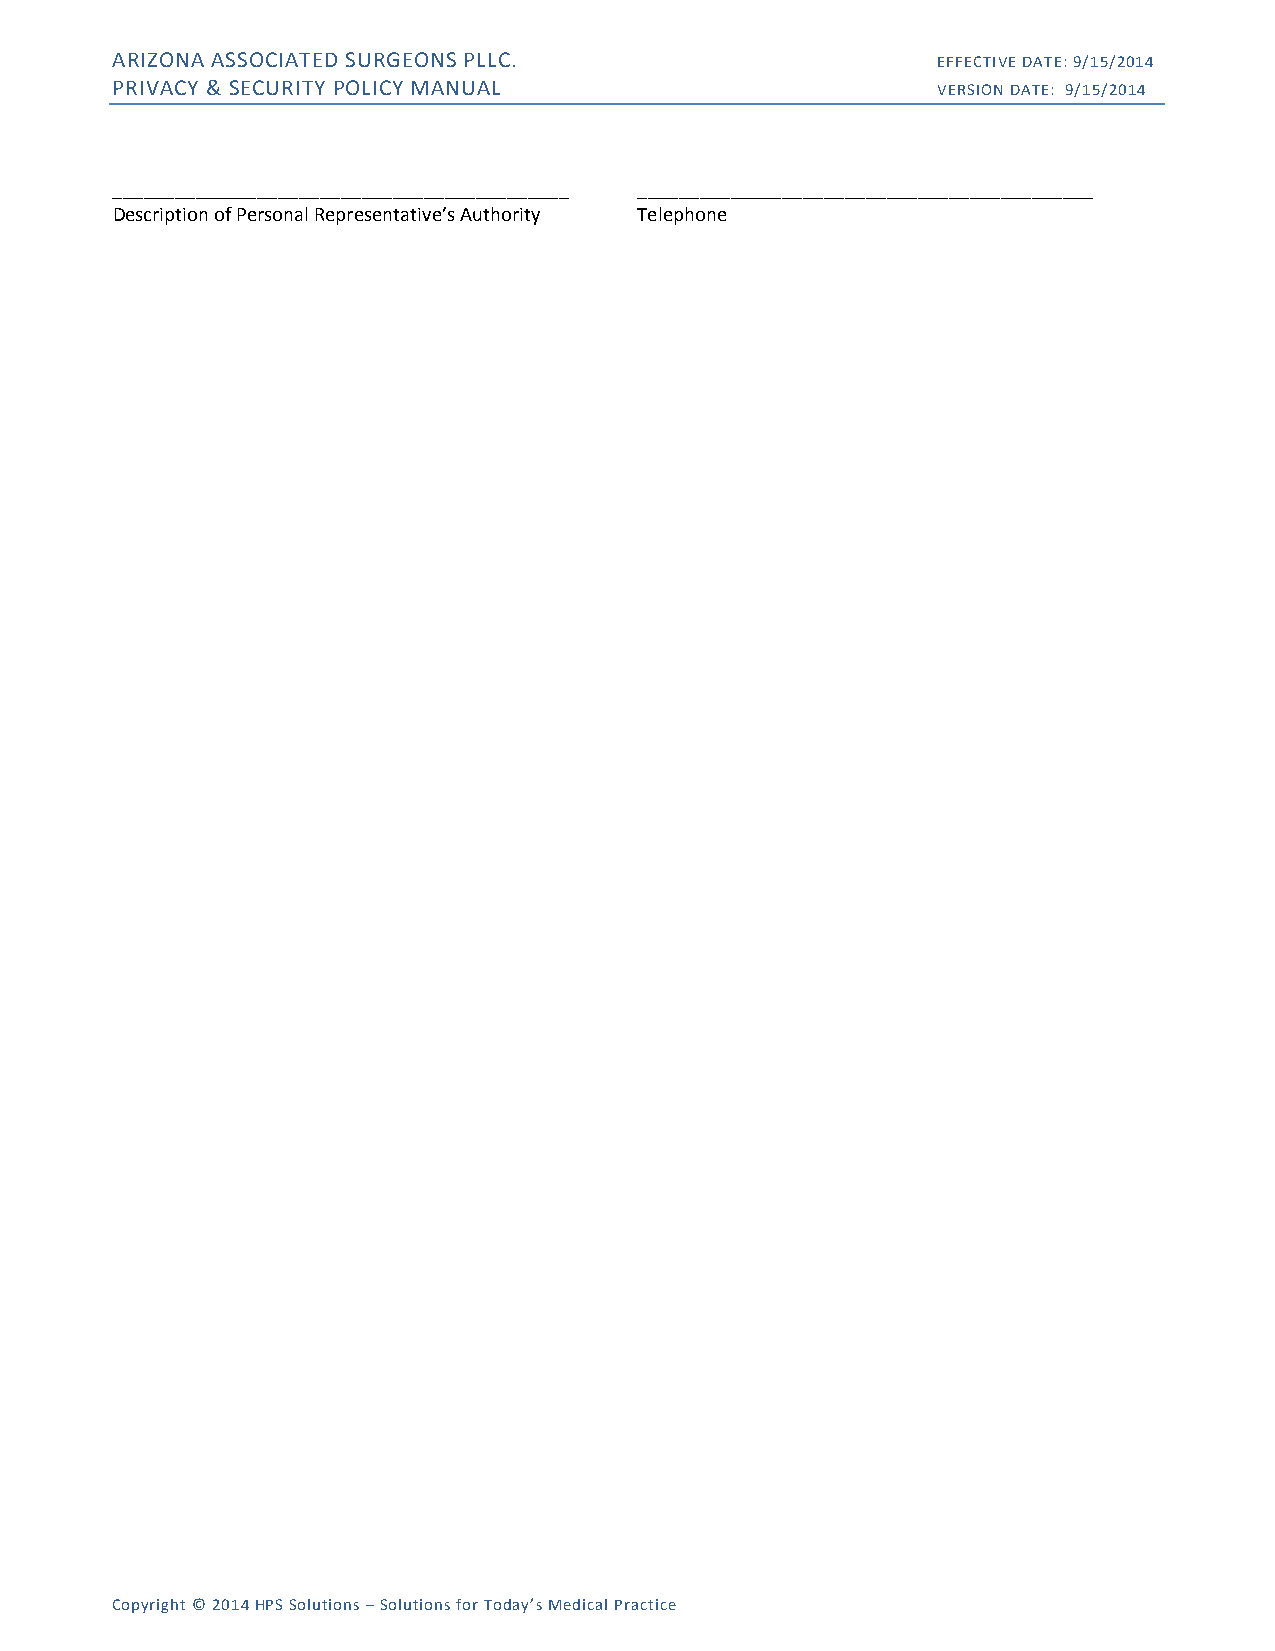
ARIZONA ASSOCIATED SURGEONS PLLC.                      EFFECTIVE DATE: 9/15/2014
 PRIVACY & SECURITY POLICY MANUAL                       VERSION DATE: 9/15/2014
 ____________________________________________ ____________________________________________
 Description of Personal Representative’s Authority Telephone
 Copyright © 2014 HPS Solutions – Solutions for Today’s Medical Practice